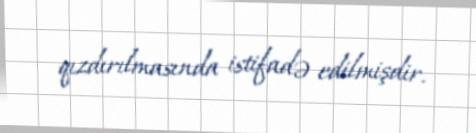
qızdırılmasında istifadə edilmişdir.